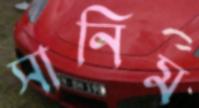
সানিম